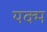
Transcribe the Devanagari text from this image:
यक्म